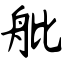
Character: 舭